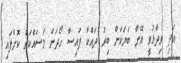
އަދި ވިދާޅުވީ އޭނާ ބަޔަކަށް ބިރު ދައްކާ ފައިސާ ހޯދަން މަސައްކަތް ކޮށްފައި